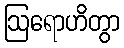
ဩရောဟိတွာ